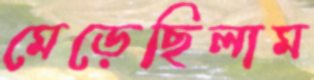
মেড়েছিলাম